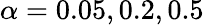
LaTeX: \alpha=0.05,0.2,0.5